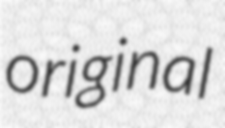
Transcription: original